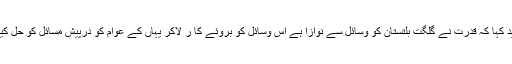
اُنہوں نے مذید کہا کہ قدرت نے گلگت بلتستان کو وسائل سے نوازا ہے اس وسائل کو بروئے کا ر لاکر یہاں کے عوام کو درپیش مسائل کو حل کیا جاسکتا ہے۔